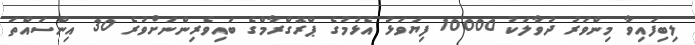
ލިބިފައިވާ މިންވަރު ދުވާލަކު 10000 ފިޔަވަޅު އެޅުމުގެ ޕްރޮގްރާމްގެ ބައިވެރިންނަށްވުރެ 30 އިންސައްތަ